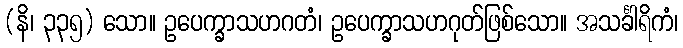
(နိ၊ ၃၃၅) သော။ ဥပေက္ခာသဟဂတံ၊ ဥပေက္ခာသဟဂုတ်ဖြစ်သော။ အသင်္ခါရိကံ၊